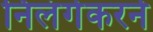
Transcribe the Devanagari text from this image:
निलंगेकरने